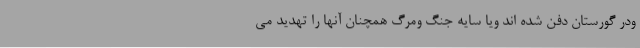
ودر گورستان دفن شده اند ويا سايه جنگ ومرگ همچنان آنها را تهديد مي